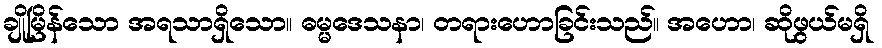
ချိုမြိန်သော အရသာရှိသော။ ဓမ္မဒေသနာ၊ တရားဟောခြင်းသည်။ အဟော၊ ဆိုဖွယ်မရှိ